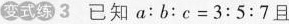
变式练 3 已知$$a ：b ：c = 3 : 5 : 7$$且